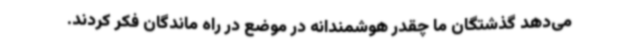
می‌دهد گذشتگان ما چقدر هوشمندانه در موضع در راه ماندگان فکر کردند.